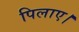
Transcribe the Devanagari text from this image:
पिलाए।